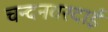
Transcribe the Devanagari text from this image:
चन्दनवरदाई